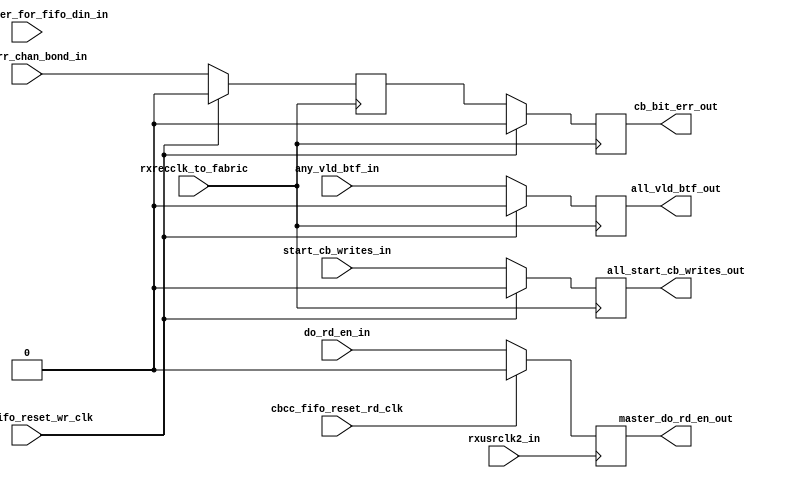
 ///////////////////////////////////////////////////////////////////////////////
 // Project:  Aurora 64B/66B
 // Company:  Xilinx  
 //
 //
 // (c) Copyright 2012 - 2013 Xilinx, Inc. All rights reserved.
 //
 // This file contains confidential and proprietary information
 // of Xilinx, Inc. and is protected under U.S. and
 // international copyright and other intellectual property
 // laws.
 //
 // DISCLAIMER
 // This disclaimer is not a license and does not grant any
 // rights to the materials distributed herewith. Except as
 // otherwise provided in a valid license issued to you by
 // Xilinx, and to the maximum extent permitted by applicable
 // law: (1) THESE MATERIALS ARE MADE AVAILABLE "AS IS" AND
 // WITH ALL FAULTS, AND XILINX HEREBY DISCLAIMS ALL WARRANTIES
 // AND CONDITIONS, EXPRESS, IMPLIED, OR STATUTORY, INCLUDING
 // BUT NOT LIMITED TO WARRANTIES OF MERCHANTABILITY, NON-
 // INFRINGEMENT, OR FITNESS FOR ANY PARTICULAR PURPOSE; and
 // (2) Xilinx shall not be liable (whether in contract or tort,
 // including negligence, or under any other theory of
 // liability) for any loss or damage of any kind or nature
 // related to, arising under or in connection with these
 // materials, including for any direct, or any indirect,
 // special, incidental, or consequential loss or damage
 // (including loss of data, profits, goodwill, or any type of
 // loss or damage suffered as a result of any action brought
 // by a third party) even if such damage or loss was
 // reasonably foreseeable or Xilinx had been advised of the
 // possibility of the same.
 //
 // CRITICAL APPLICATIONS
 // Xilinx products are not designed or intended to be fail-
 // safe, or for use in any application requiring fail-safe
 // performance, such as life-support or safety devices or
 // systems, Class III medical devices, nuclear facilities,
 // applications related to the deployment of airbags, or any
 // other applications that could lead to death, personal
 // injury, or severe property or environmental damage
 // (individually and collectively, "Critical
 // Applications"). Customer assumes the sole risk and
 // liability of any use of Xilinx products in Critical
 // Applications, subject only to applicable laws and
 // regulations governing limitations on product liability.
 //
 // THIS COPYRIGHT NOTICE AND DISCLAIMER MUST BE RETAINED AS
 // PART OF THIS FILE AT ALL TIMES.
 
 //
 ////////////////////////////////////////////////////////////////////////////////
 //
 // Module Common Logic CBCC
 // Generated by Xilinx Aurora 64B66B
 
 `timescale 1ns / 1ps
 `define DLY #1
(* DowngradeIPIdentifiedWarnings="yes" *) 
 //***********************************Entity Declaration*******************************
 
 module aurora_64b66b_0_common_logic_cbcc #
 (
      parameter BACKWARD_COMP_MODE1 = 1'b0 //disable check for interCB gap
 )
 (
  input start_cb_writes_in,
  input do_rd_en_in,          
  input bit_err_chan_bond_in, 
  input final_gater_for_fifo_din_in,
  input any_vld_btf_in,       
  input  cbcc_fifo_reset_wr_clk,
  input  cbcc_fifo_reset_rd_clk,
  output reg all_start_cb_writes_out,
  output reg master_do_rd_en_out,    
  output reg cb_bit_err_out,             
  output reg all_vld_btf_out,        
  input  rxrecclk_to_fabric,
  input  rxusrclk2_in 
 );     

 //********************************* Reg declaration **************************
 reg second_cb_write_failed =1'b0;    


 //********************************* Main Body of Code**************************
   always @(posedge rxrecclk_to_fabric)
   begin
       if(cbcc_fifo_reset_wr_clk)
       begin
           all_start_cb_writes_out <= `DLY 1'b0;
       end
       else
       begin
           all_start_cb_writes_out <= `DLY start_cb_writes_in;
       end
   end

   always @(posedge rxrecclk_to_fabric)
   begin
       if(cbcc_fifo_reset_wr_clk)
       begin
           all_vld_btf_out <= `DLY 1'b0;
       end
       else
       begin
           all_vld_btf_out <= `DLY  any_vld_btf_in;
       end
   end

   always @(posedge rxusrclk2_in)
   begin
       if(cbcc_fifo_reset_rd_clk)
       begin
           master_do_rd_en_out <= `DLY 1'b0;
       end
       else
       begin
           master_do_rd_en_out <= `DLY  do_rd_en_in;
       end
   end

     always @(posedge rxrecclk_to_fabric)
     begin
         if(cbcc_fifo_reset_wr_clk)
             second_cb_write_failed <= `DLY 1'b0;
         else
             second_cb_write_failed <= bit_err_chan_bond_in;
       end

     always @(posedge rxrecclk_to_fabric)
     begin
         if(cbcc_fifo_reset_wr_clk)
             cb_bit_err_out <= `DLY 1'b0;
         else
             cb_bit_err_out <= (BACKWARD_COMP_MODE1) ? 1'b0 : second_cb_write_failed ;
     end

endmodule